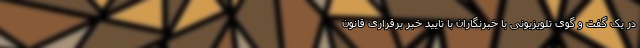
در یک گفت و گوی تلویزیونی با خبرنگاران با تایید خبر برقراری قانون